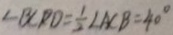
\angle B C P D = \frac { 1 } { 2 } \angle A C B = 4 0 ^ { \circ }